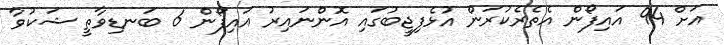
އަށް 94 އައިފޯން އެތެރެކުރަން އުޅެފިޖީބުގައި އޮންނައިރު އައިފޯން 6 ބަނޑިވާތީ ޝަކުވާ